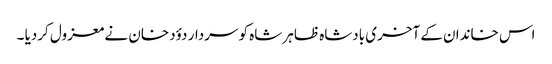
اس خاندان کے آخری بادشاہ ظاہر شاہ کو سردار دؤد خان نے معزول کردیا ۔